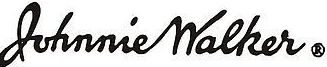
Luhnnie Walker